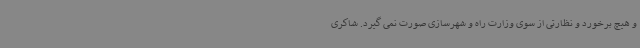
و هیچ برخورد و نظارتی از سوی وزارت راه و شهرسازی صورت نمی گیرد. شاکری